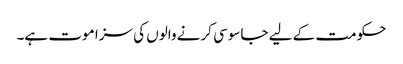
حکومت کے لیے جاسوسی کرنے والوں کی سزا موت ہے۔